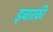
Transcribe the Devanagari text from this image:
इबारकी